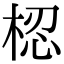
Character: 梕